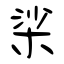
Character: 桬